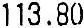
113.80